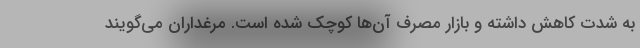
به شدت کاهش داشته و بازار مصرف آن‌ها کوچک شده است. مرغداران می‌گویند